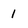
Character: 1